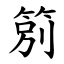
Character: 䇷